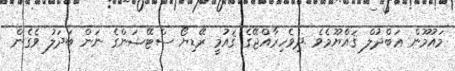
މައުމޫން ޢަބްދުލް ޤައްޔޫމެވެ .ދިވެހިރާއްޖޭގެ ޤައުމީ ރޭޑިޔޯ ސްޓޭޝަންގެ ނަން ބަދަލު ވެގެން